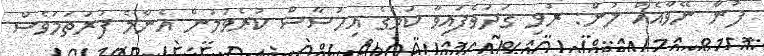
ފުން ނޭވާއެއް ލުން: ރުޅި ގަދަވެފައިވާ ކަމުގެ އިހުސާސް ކުރެވުމުން އެންމެ ފުރަތަމަވެސް